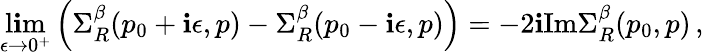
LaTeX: \operatorname*{l\mathbf{i}m}_{\epsilon\to0^{+}}\left(\Sigma_{R}^{\beta}(p_{0}+\mathbf{i}\epsilon,p)-\Sigma_{R}^{\beta}(p_{0}-\mathbf{i}\epsilon,p)\right)=-2\mathbf{i}\mathrm{{Im}}\Sigma_{R}^{\beta}(p_{0},p)\, ,